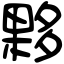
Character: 夥